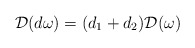
\begin{align*}\begin{aligned}\mathcal{D} (d\omega) =(d_1+d_2) \mathcal{D} (\omega)\end{aligned}\end{align*}